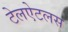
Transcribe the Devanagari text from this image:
टेलऐटलस